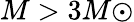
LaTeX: M>3M{\odot}